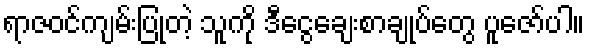
ရာဇဝင်ကျမ်းပြုတဲ့ သူကို ဒီငွေချေးစာချုပ်တွေ ပူဇော်ပါ။